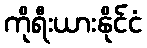
ကိုရီးယားနိုင်ငံ